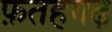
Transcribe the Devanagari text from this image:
फ़तहगढ़